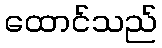
ထောင်သည်